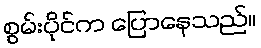
စွမ်းပိုင်က ပြောနေသည်။